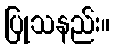
ပြုသနည်း။